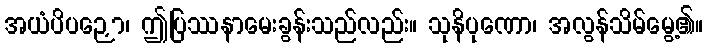
အယံပိပဉှော၊ ဤပြဿနာမေးခွန်းသည်လည်း။ သုနိပုဏော၊ အလွန်သိမ်မွေ့၏။